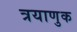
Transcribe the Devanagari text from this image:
त्रयाणुक